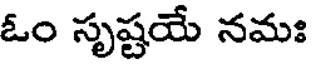
ఓం సృష్టయే నమః